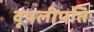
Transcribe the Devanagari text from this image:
वृषलीपतिः